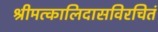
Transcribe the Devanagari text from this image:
श्रीमत्कालिदासविरचितं